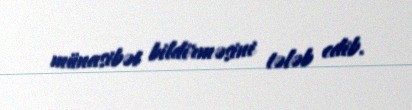
münasibət bildirməsini tələb edib.